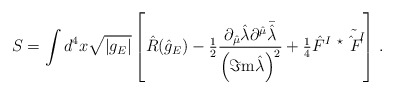
\begin{align*}S= \int d^{4}x\sqrt{|g_{E}|} \left[ \hat{R}(\hat{g}_{E})-{\textstyle\frac{1}{2}}\frac{ \partial_{\hat{\mu}}\hat{\lambda}\partial^{\hat{\mu}}\bar{\hat{\lambda}}}{\left(\Im{\rm m}\hat{\lambda}\right)^{2}}+{\textstyle\frac{1}{4}}\hat{F}^{I}\ {}^{\star}\tilde{\hat{F}^{I}} \right]\, .\end{align*}